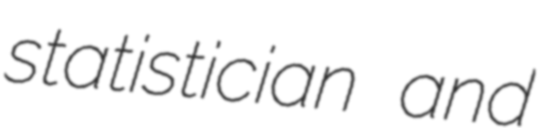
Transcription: statistician and